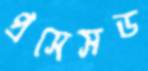
প্রসেসড